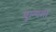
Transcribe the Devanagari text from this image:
घुल्यता